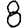
Digit: 8